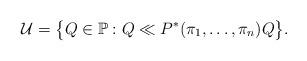
LaTeX: \begin{gather*}\mathcal{U}=\bigl\{Q\in\mathbb{P}:Q\ll P^*(\pi_1,\ldots,\pi_n)Q\bigr\}.\end{gather*}